Civil Veterinary Department Bengal reports 1933-51 - 1933-1951
Year: 1933
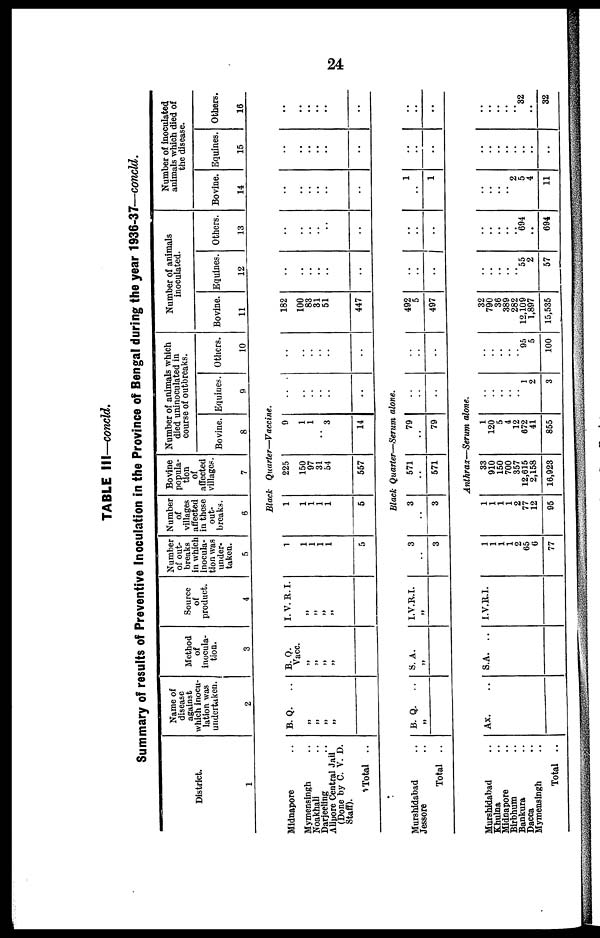
24
TABLE III—concld.
Summary of results of Preventive Inoculation in the Province of Bengal during the year 1936-37—concld.
District.
1
Midnapore ..
Mymensingh ..
Noakhali ..
Darjeeling ..
Alipore Central Jail
(Done by C. V. D.
Staff).
Total ..
Murshidabad ..
Jessore ..
Total ..
Murshidabad ..
Khulna ..
Midnapore ..
Birbhum ..
Bankura ..
Dacca ..
Mymensingh ..
Total ..
Name of
disease
against
which inocu-
lation was
undertaken.
2
B. Q.
„
„
„
„
B. Q.
..
„
Ax. ..
Method
of
inocula-
tion.
3
B. Q.
Vacc.
„
„
„
„
S. A.
„
S.A. ..
Source
of
product.
4
I. V.R.I.
„
„
„
„
I.V.R.I.
„
I.V.R.I.
Number
of out-
breaks
in which
inocula-
tion was
under-
taken.
5
1
1
1
1
1
5
3
..
3
1
1
1
1
2
65
6
77
Number
of
villages
affected
in these
out-
breaks.
6
Bovine
popula-
tion
of
affected
villages.
7
Number of animals which
died uninoculated in
course of outbreaks.
Bovine.
8
Equines.
9
Black
Quarter—Vaccine.
1
1
1
1
1
5
225
150
97
31
54
557
9
1
1
..
3
14
..
..
..
..
..
..
Black Quarter—Serum alone.
3
..
3
571
..
571
79
..
79
..
..
..
Anthrax—Serum alone.
1
1
1
1
2
77
12
95
33
910
150
700
357
12,615
2,158
16,923
1
120
5
4
12
672
41
855
..
..
..
..
..
1
2
3
Others.
10
..
..
..
..
..
..
..
..
..
..
..
..
..
.. 95
5
100
Number of animals
inoculated.
Bovine.
11
182
100
83
31
51
447
492
5
497
32
790
36
389
282
12,109
1,897
15,535
Equines.
12
..
..
.. ..
..
..
..
..
..
..
..
..
..
.. 95
2
57
Others.
13
..
..
..
..
..
..
..
..
..
..
..
..
..
.. 694
..
694
Number of inoculated
animals which died of
the disease.
Bovine.
14
..
..
..
..
..
..
1
..
1
..
..
..
..
2
5
4
11
Equines.
15
..
..
..
..
..
..
..
..
..
..
..
..
..
..
..
..
..
Others.
16
..
..
..
..
..
..
..
..
..
..
..
..
..
.. 32
..
32